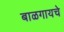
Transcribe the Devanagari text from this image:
बाळगायचे